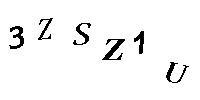
3ZSZ1U